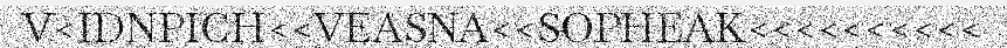
V<IDNPICH<<VEASNA<<SOPHEAK<<<<<<<<<<